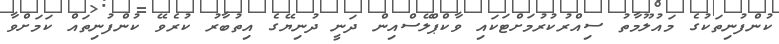
ކުންފުނިތަކުގެ މައުލޫމާތު ސިއްރުކުރުމަށްޓަކައި ވާކްޕްލޭސްއިން ދަނީ ދުނިޔޭގެ އިތުބާރު ކުރެވޭ ކުންފުނިތައް ކަމަށްވާ